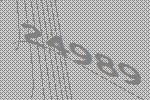
24989